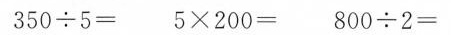
$$3 5 0 \div 5 =$$ $$5 \times 2 0 0 =$$ $$8 0 0 \div 2 =$$